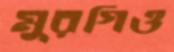
মুরগিও